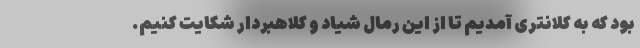
بود که به کلانتری آمدیم تا از این رمال شیاد و کلاهبردار شکایت کنیم.